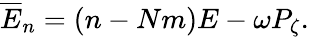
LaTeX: \begin{array}{r}{\overline{{E}}_{n}=\left(n-Nm\right)E-\omega P_{\zeta}.}\end{array}